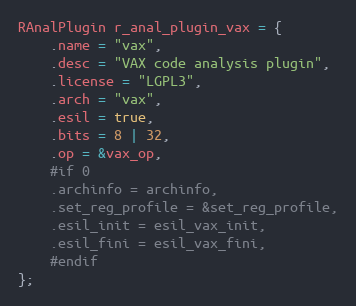
Language: C
RAnalPlugin r_anal_plugin_vax = {
	.name = "vax",
	.desc = "VAX code analysis plugin",
	.license = "LGPL3",
	.arch = "vax",
	.esil = true,
	.bits = 8 | 32,
	.op = &vax_op,
	#if 0
	.archinfo = archinfo,
	.set_reg_profile = &set_reg_profile,
	.esil_init = esil_vax_init,
	.esil_fini = esil_vax_fini,
	#endif
};